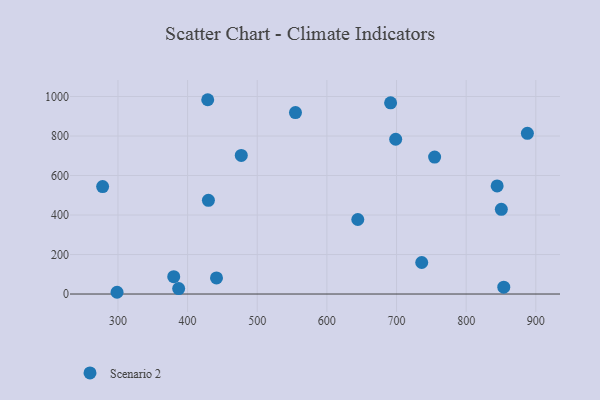
{"axis": {"x": "Investment", "y": "Profit"}, "legend": ["Scenario 2"], "data": [{"x": "644.4", "y": 377.3, "type": "Scenario 2"}, {"x": "887.9", "y": 813.4, "type": "Scenario 2"}, {"x": "691.5", "y": 967.7, "type": "Scenario 2"}, {"x": "429.9", "y": 474.2, "type": "Scenario 2"}, {"x": "428.9", "y": 983.6, "type": "Scenario 2"}, {"x": "736.2", "y": 159.5, "type": "Scenario 2"}, {"x": "387.2", "y": 27.7, "type": "Scenario 2"}, {"x": "754.7", "y": 693.4, "type": "Scenario 2"}, {"x": "380.1", "y": 87.9, "type": "Scenario 2"}, {"x": "278.0", "y": 544.2, "type": "Scenario 2"}, {"x": "441.5", "y": 81.6, "type": "Scenario 2"}, {"x": "298.7", "y": 8.9, "type": "Scenario 2"}, {"x": "854.0", "y": 34.6, "type": "Scenario 2"}, {"x": "844.5", "y": 547.4, "type": "Scenario 2"}, {"x": "477.1", "y": 701.4, "type": "Scenario 2"}, {"x": "698.8", "y": 783.4, "type": "Scenario 2"}, {"x": "554.9", "y": 918.7, "type": "Scenario 2"}, {"x": "850.5", "y": 428.8, "type": "Scenario 2"}]}